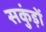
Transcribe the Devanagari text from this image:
सकुंड़ों